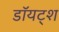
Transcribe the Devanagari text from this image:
डॉयट्श